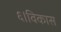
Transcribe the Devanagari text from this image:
६।विकास